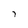
Character: 7